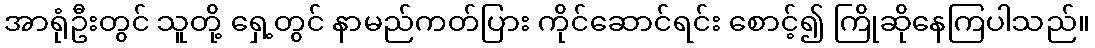
အာရုံဦးတွင် သူတို့ ရှေ့တွင် နာမည်ကတ်ပြား ကိုင်ဆောင်ရင်း စောင့်၍ ကြိုဆိုနေကြပါသည်။